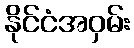
နိုင်ငံအဝှမ်း